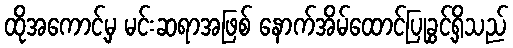
ထိုအကောင့်မှ မင်းဆရာအဖြစ် နောက်အိမ်ထောင်ပြုခွင့်ရှိသည်